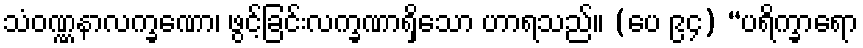
သံဝဏ္ဏနာလက္ခဏော၊ ဖွင့်ခြင်းလက္ခဏာရှိသော ဟာရသည်။ (ပေ ၉၄) “ပရိက္ခာရော